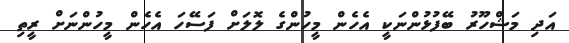
އަދި މަޝްހޫރު ބޭފުޅުންނަކީ އެހެން މީހުންގެ ލޮލަށް ފަސޭހަ އެހެން މީހުންނަށް ރީތި